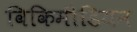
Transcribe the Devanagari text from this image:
विकिमीडियन